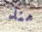
منذ